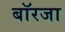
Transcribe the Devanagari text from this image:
बॉरजा